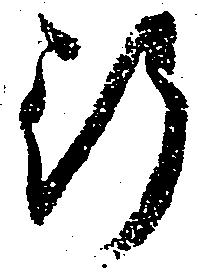
行